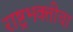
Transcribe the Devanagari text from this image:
राष्ट्रभक्तीचा